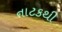
નાટકથી